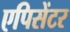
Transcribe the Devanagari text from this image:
एपिसेंटर